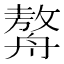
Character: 𦪈